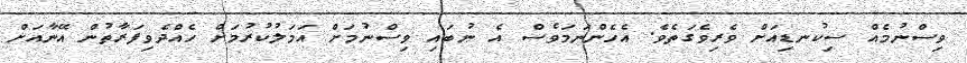
ވިސްނުމެއް ސިކުނޑިއަށް ވެރިވެގަތެވެ. އެހެންނަމަވެސް އެ ނުބައި ވިސްނުމަށް އަމަލުކުރުމަށް ހެއްދެވިފަރާތުން އޭނާއަށް